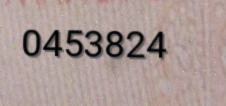
0453824